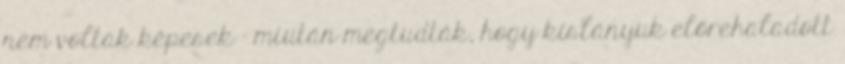
nem voltak képesek - miután megtudták, hogy kislányuk előrehaladott